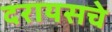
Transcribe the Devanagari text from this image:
दरायसचे